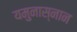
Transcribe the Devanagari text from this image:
यमुनास्नान